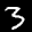
Label: 3